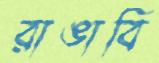
রাঙাবি